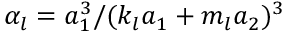
\alpha _ { l } = a _ { 1 } ^ { 3 } / ( k _ { l } a _ { 1 } + m _ { l } a _ { 2 } ) ^ { 3 }